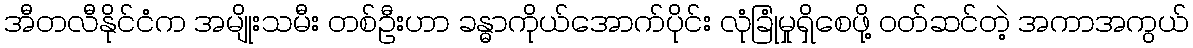
အီတလီနိုင်ငံက အမျိုးသမီး တစ်ဦးဟာ ခန္ဓာကိုယ်အောက်ပိုင်း လုံခြုံမှုရှိစေဖို့ ဝတ်ဆင်တဲ့ အကာအကွယ်